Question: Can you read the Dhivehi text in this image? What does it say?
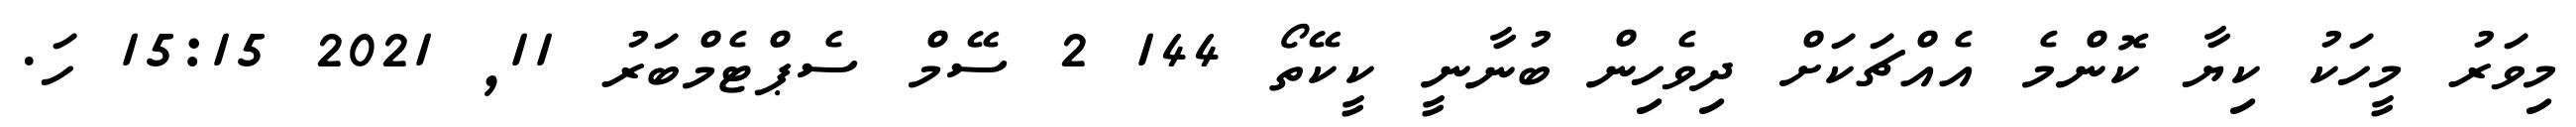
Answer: މިވަރު މީހަކު ކިޔާ ކޮންމެ އެއްޗަކަށް ދިވެހިން ބުނާނީ ކީކޭތޯ 144 2 ސޭމް ސެޕްޓެމްބަރު 11, 2021 15:15 ހަ.